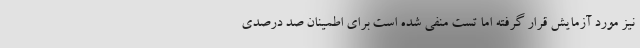
نیز مورد آزمایش قرار گرفته اما تست منفی شده است برای اطمینان صد درصدی